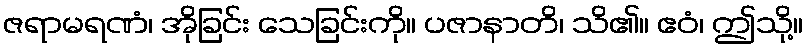
ဇရာမရဏံ၊ အိုခြင်း သေခြင်းကို။ ပဇာနာတိ၊ သိ၏။ ဧဝံ၊ ဤသို့။